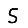
Digit: 5